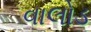
વાલોડ